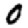
Digit: 0